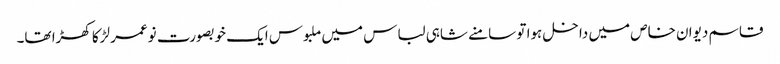
قاسم دیوان خاص میں داخل ہوا تو سامنے شاہی لباس میں ملبوس ایک خوبصورت نوعمر لڑکا کھڑا تھا۔